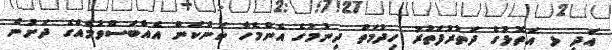
އަދި ޅ އަތޮޅުގެ ދަތުރުފަތުރު ހިދުމަތް ދިނުމުގެ އެންމެހާ ކަންކަން އެއްބަސްވުމެއްގެ ދަށުން